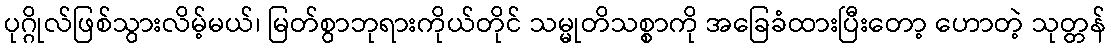
ပုဂ္ဂိုလ်ဖြစ်သွားလိမ့်မယ်၊ မြတ်စွာဘုရားကိုယ်တိုင် သမ္မုတိသစ္စာကို အခြေခံထားပြီးတော့ ဟောတဲ့ သုတ္တန်